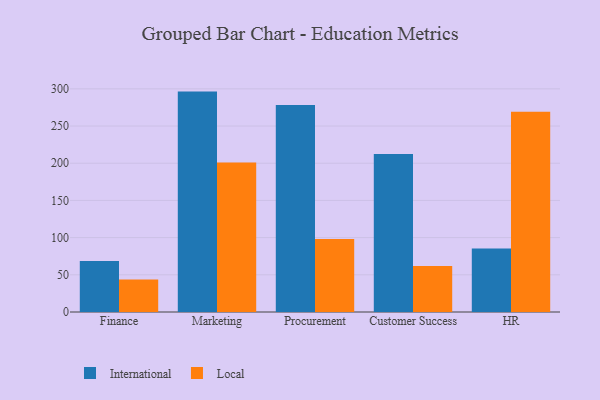
{"axis": {"x": "Department", "y": "Population (Million)"}, "legend": ["International", "Local"], "data": [{"x": "Finance", "y": 68.4, "type": "International"}, {"x": "Finance", "y": 43.6, "type": "Local"}, {"x": "Marketing", "y": 296.3, "type": "International"}, {"x": "Marketing", "y": 200.9, "type": "Local"}, {"x": "Procurement", "y": 278.4, "type": "International"}, {"x": "Procurement", "y": 98.0, "type": "Local"}, {"x": "Customer Success", "y": 212.5, "type": "International"}, {"x": "Customer Success", "y": 61.7, "type": "Local"}, {"x": "HR", "y": 85.4, "type": "International"}, {"x": "HR", "y": 269.1, "type": "Local"}]}